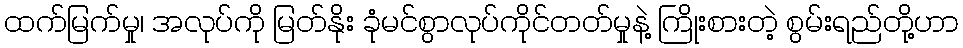
ထက်မြက်မှု၊ အလုပ်ကို မြတ်နိုး ခုံမင်စွာလုပ်ကိုင်တတ်မှုနဲ့ ကြိုးစားတဲ့ စွမ်းရည်တို့ဟာ